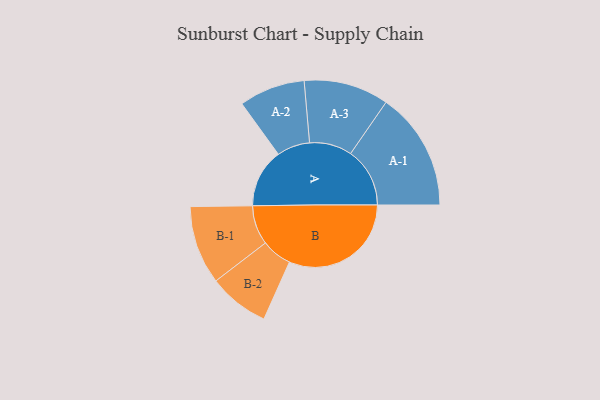
{"axis": {"x": "Segment", "y": "Value"}, "legend": ["", "A", "B"], "data": [{"x": "A", "y": 224, "type": ""}, {"x": "B", "y": 466, "type": ""}, {"x": "A-1", "y": 226, "type": "A"}, {"x": "A-2", "y": 126, "type": "A"}, {"x": "A-3", "y": 162, "type": "A"}, {"x": "B-1", "y": 150, "type": "B"}, {"x": "B-2", "y": 116, "type": "B"}]}